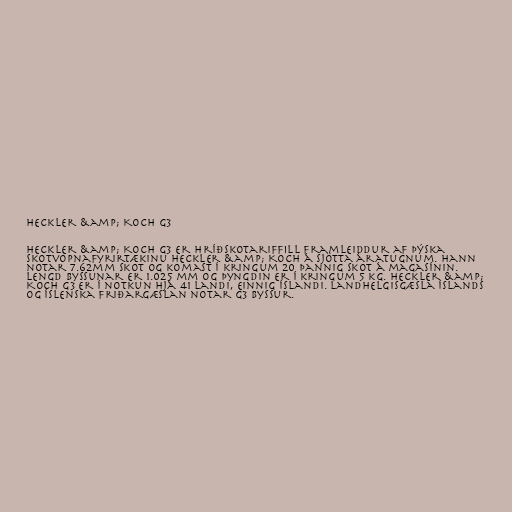
Heckler &amp; Koch G3

Heckler &amp; Koch G3 er hríðskotariffill framleiddur af þýska
skotvopnafyrirtækinu Heckler &amp; Koch á sjötta áratugnum. Hann
notar 7.62mm skot og komast í kringum 20 þannig skot á magasínin.
Lengd byssunar er 1.025 mm og þyngdin er í kringum 5 kg. Heckler &amp;
Koch G3 er í notkun hjá 41 landi, einnig Íslandi. Landhelgisgæsla Íslands
og Íslenska friðargæslan notar G3 byssur.